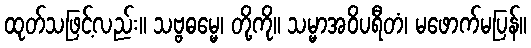
ထုတ်သဖြင့်လည်း။ သဗ္ဗဓမ္မေ၊ တို့ကို။ သမ္မာအဝိပရီတံ၊ မဖောက်မပြန်။